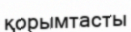
қорымтасты